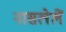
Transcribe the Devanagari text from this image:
नासलेलें